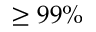
\ge 9 9 \%